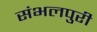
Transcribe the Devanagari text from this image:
संभलपुरी